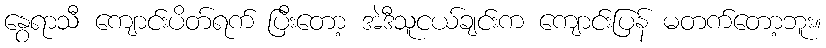
နွေရာသီ ကျောင်းပိတ်ရက် ပြီးတော့ အဲဒီသူငယ်ချင်းက ကျောင်းပြန် မတက်တော့ဘူး။